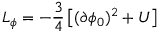
{ \cal L } _ { \phi } = - \frac { 3 } { 4 } \left[ ( \partial \phi _ { 0 } ) ^ { 2 } + U \right]